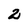
Character: 2